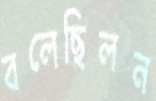
বলেছিলন